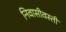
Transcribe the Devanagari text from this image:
निवासीवस्ती